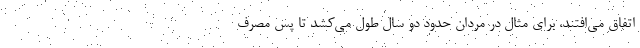
اتفاق می‌افتند، برای مثال در مردان حدود دو سال طول می‌کشد تا پس مصرف